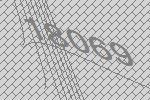
18069